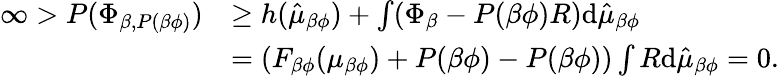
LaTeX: \begin{array}{rl}{\infty>P(\Phi_{\beta,P(\beta\phi)})}&{\geq h(\hat{\mu}_{\beta\phi})+\int(\Phi_{\beta}-P(\beta\phi)R)\mathrm{d}\hat{\mu}_{\beta\phi}}\\ &{=\left(F_{\beta\phi}(\mu_{\beta\phi})+P(\beta\phi)-P(\beta\phi)\right)\int R\mathrm{d}\hat{\mu}_{\beta\phi}=0.}\end{array}